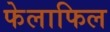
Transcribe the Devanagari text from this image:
फेलाफिल